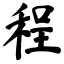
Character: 程